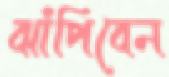
ঝাঁপিবেন